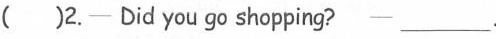
（）2.—— Did you go shopping? ——___